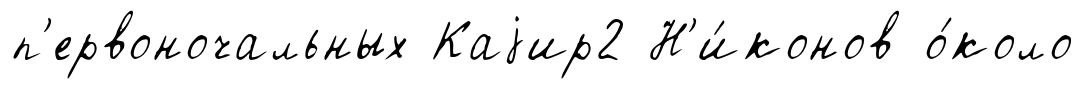
п'ервоночальных Каjир2 Н'и́конов о́коло